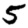
Digit: 5